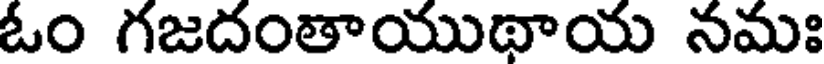
ఓం గజదంతాయుథాయ నమః